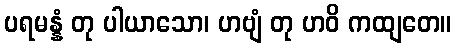
ပရမန္နံ တု ပါယာသော၊ ဟဗျံ တု ဟဝိ ကထျတေ။